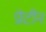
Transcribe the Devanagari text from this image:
प्रॊटीन